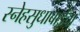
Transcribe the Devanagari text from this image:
स्नेहसुधाबाईंचा